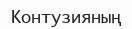
Контузияның